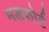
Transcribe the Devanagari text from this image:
मडफोर्ट